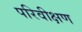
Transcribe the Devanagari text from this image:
परिवीक्षण